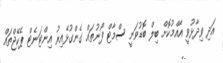
އަދި ވިދާޅުވީ އާއްމުކޮށް ބިލް ބޮޑުވަނީ ސްމާޓް ފޯނުތައް ގެންގުޅޭއިރު އިންޓަނެޓް ޕެކޭޖްތައް